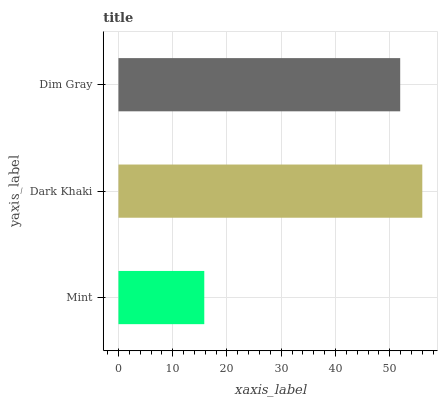
| yaxis_label | bars |
 | --- | --- |
 | Mint | 15.8 |
 | Dark Khaki | 56 |
 | Dim Gray | 51.9 |